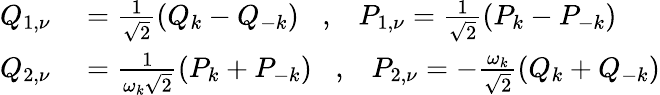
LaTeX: \begin{array}{rl}{Q_{1,\nu}}&{{}=\frac{1}{\sqrt{2}}(Q_{k}-Q_{-k})\; \; \; ,\; \; \; P_{1,\nu}=\frac{1}{\sqrt{2}}(P_{k}-P_{-k})}\\ {Q_{2,\nu}}&{{}=\frac{1}{\omega_{k}\sqrt{2}}(P_{k}+P_{-k})\; \; \; ,\; \; \; P_{2,\nu}=-\frac{\omega_{k}}{\sqrt{2}}(Q_{k}+Q_{-k})}\end{array}